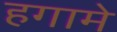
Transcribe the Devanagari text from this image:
हगामे